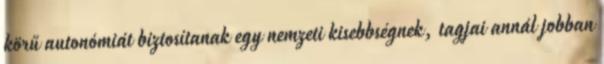
körű autonómiát biztosítanak egy nemzeti kisebbségnek, tagjai annál jobban